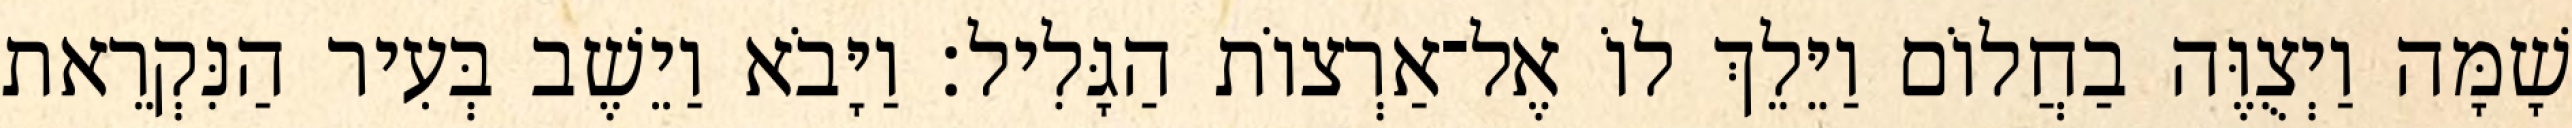
שָׁמָּה וַיְצֻוֶּה בַחֲלוֹם וַיֵּלֵךְ לוֹ אֶל־אַרְצוֹת הַגָּלִיל׃ וַיָּבֹא וַיֵשֶׁב בְּעִיר הַנִּקְרֵאת